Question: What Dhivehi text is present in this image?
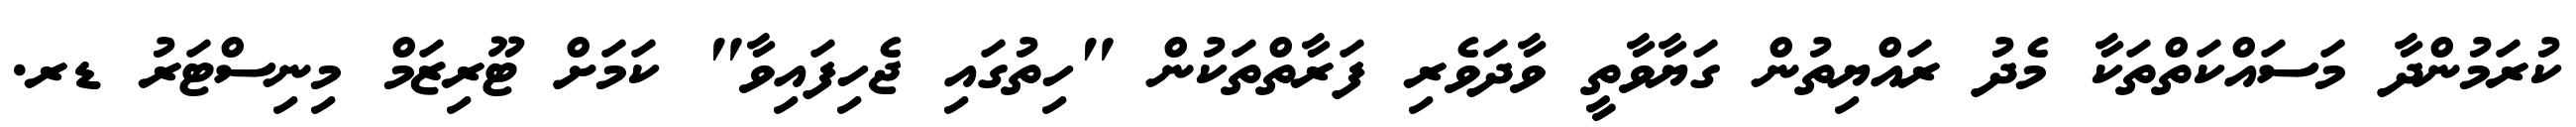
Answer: ކުރަމުންދާ މަސައްކަތްތަކާ މެދު ރައްޔިތުން ގަޔާވާތީ ވާދަވެރި ފަރާތްތަކުން "ހިތުގައި ޖެހިފައިވާ" ކަމަށް ޓޫރިޒަމް މިނިސްޓަރު ޑރ.